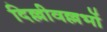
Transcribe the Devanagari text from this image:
दिल्लीवल्लभों